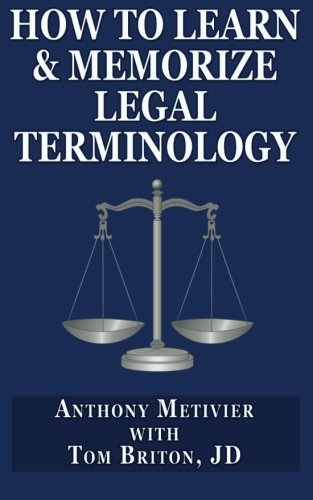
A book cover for How to Learn & Memorize Legal Terminology: ... Using a Memory Palace Specfically Designed for the Law & Its Precedents; Anthony Metivier; Law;